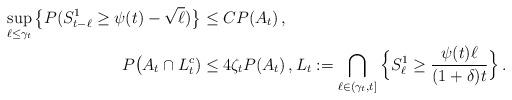
LaTeX: \begin{align*}\sup_{\ell \le \gamma_t} \big\{ P(S_{t-\ell}^1 \ge \psi(t)-\sqrt{\ell} ) \big\} &\le C P(A_t) \,, \\P\big(A_t \cap L_t^c ) & \le 4 \zeta_t P(A_t) \,, L_t := \bigcap_{\ell \in (\gamma_t, t]} \Big\{ S_\ell^1 \ge \frac{\psi(t) \ell}{(1+\delta) t} \Big\} \,.\end{align*}